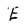
Character: E